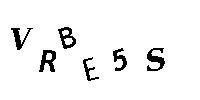
VRBE5S